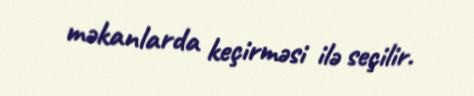
məkanlarda keçirməsi ilə seçilir.